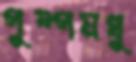
পুষ্পমধু